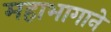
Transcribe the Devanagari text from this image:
महाभागाने